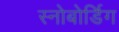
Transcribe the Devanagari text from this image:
स्नोबोर्डिग